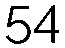
54